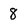
Character: 8